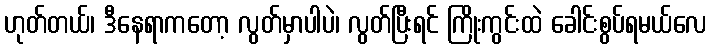
ဟုတ်တယ်၊ ဒီနေရာကတော့ လွတ်မှာပါပဲ၊ လွတ်ပြီးရင် ကြိုးကွင်းထဲ ခေါင်းစွပ်ရမယ်လေ